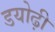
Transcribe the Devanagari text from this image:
डयोढ़ी